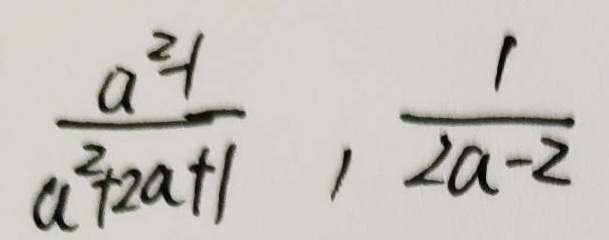
\frac { a ^ { 2 } - 1 } { a ^ { 2 } + 2 a + 1 } , \frac { 1 } { 2 a - 2 }